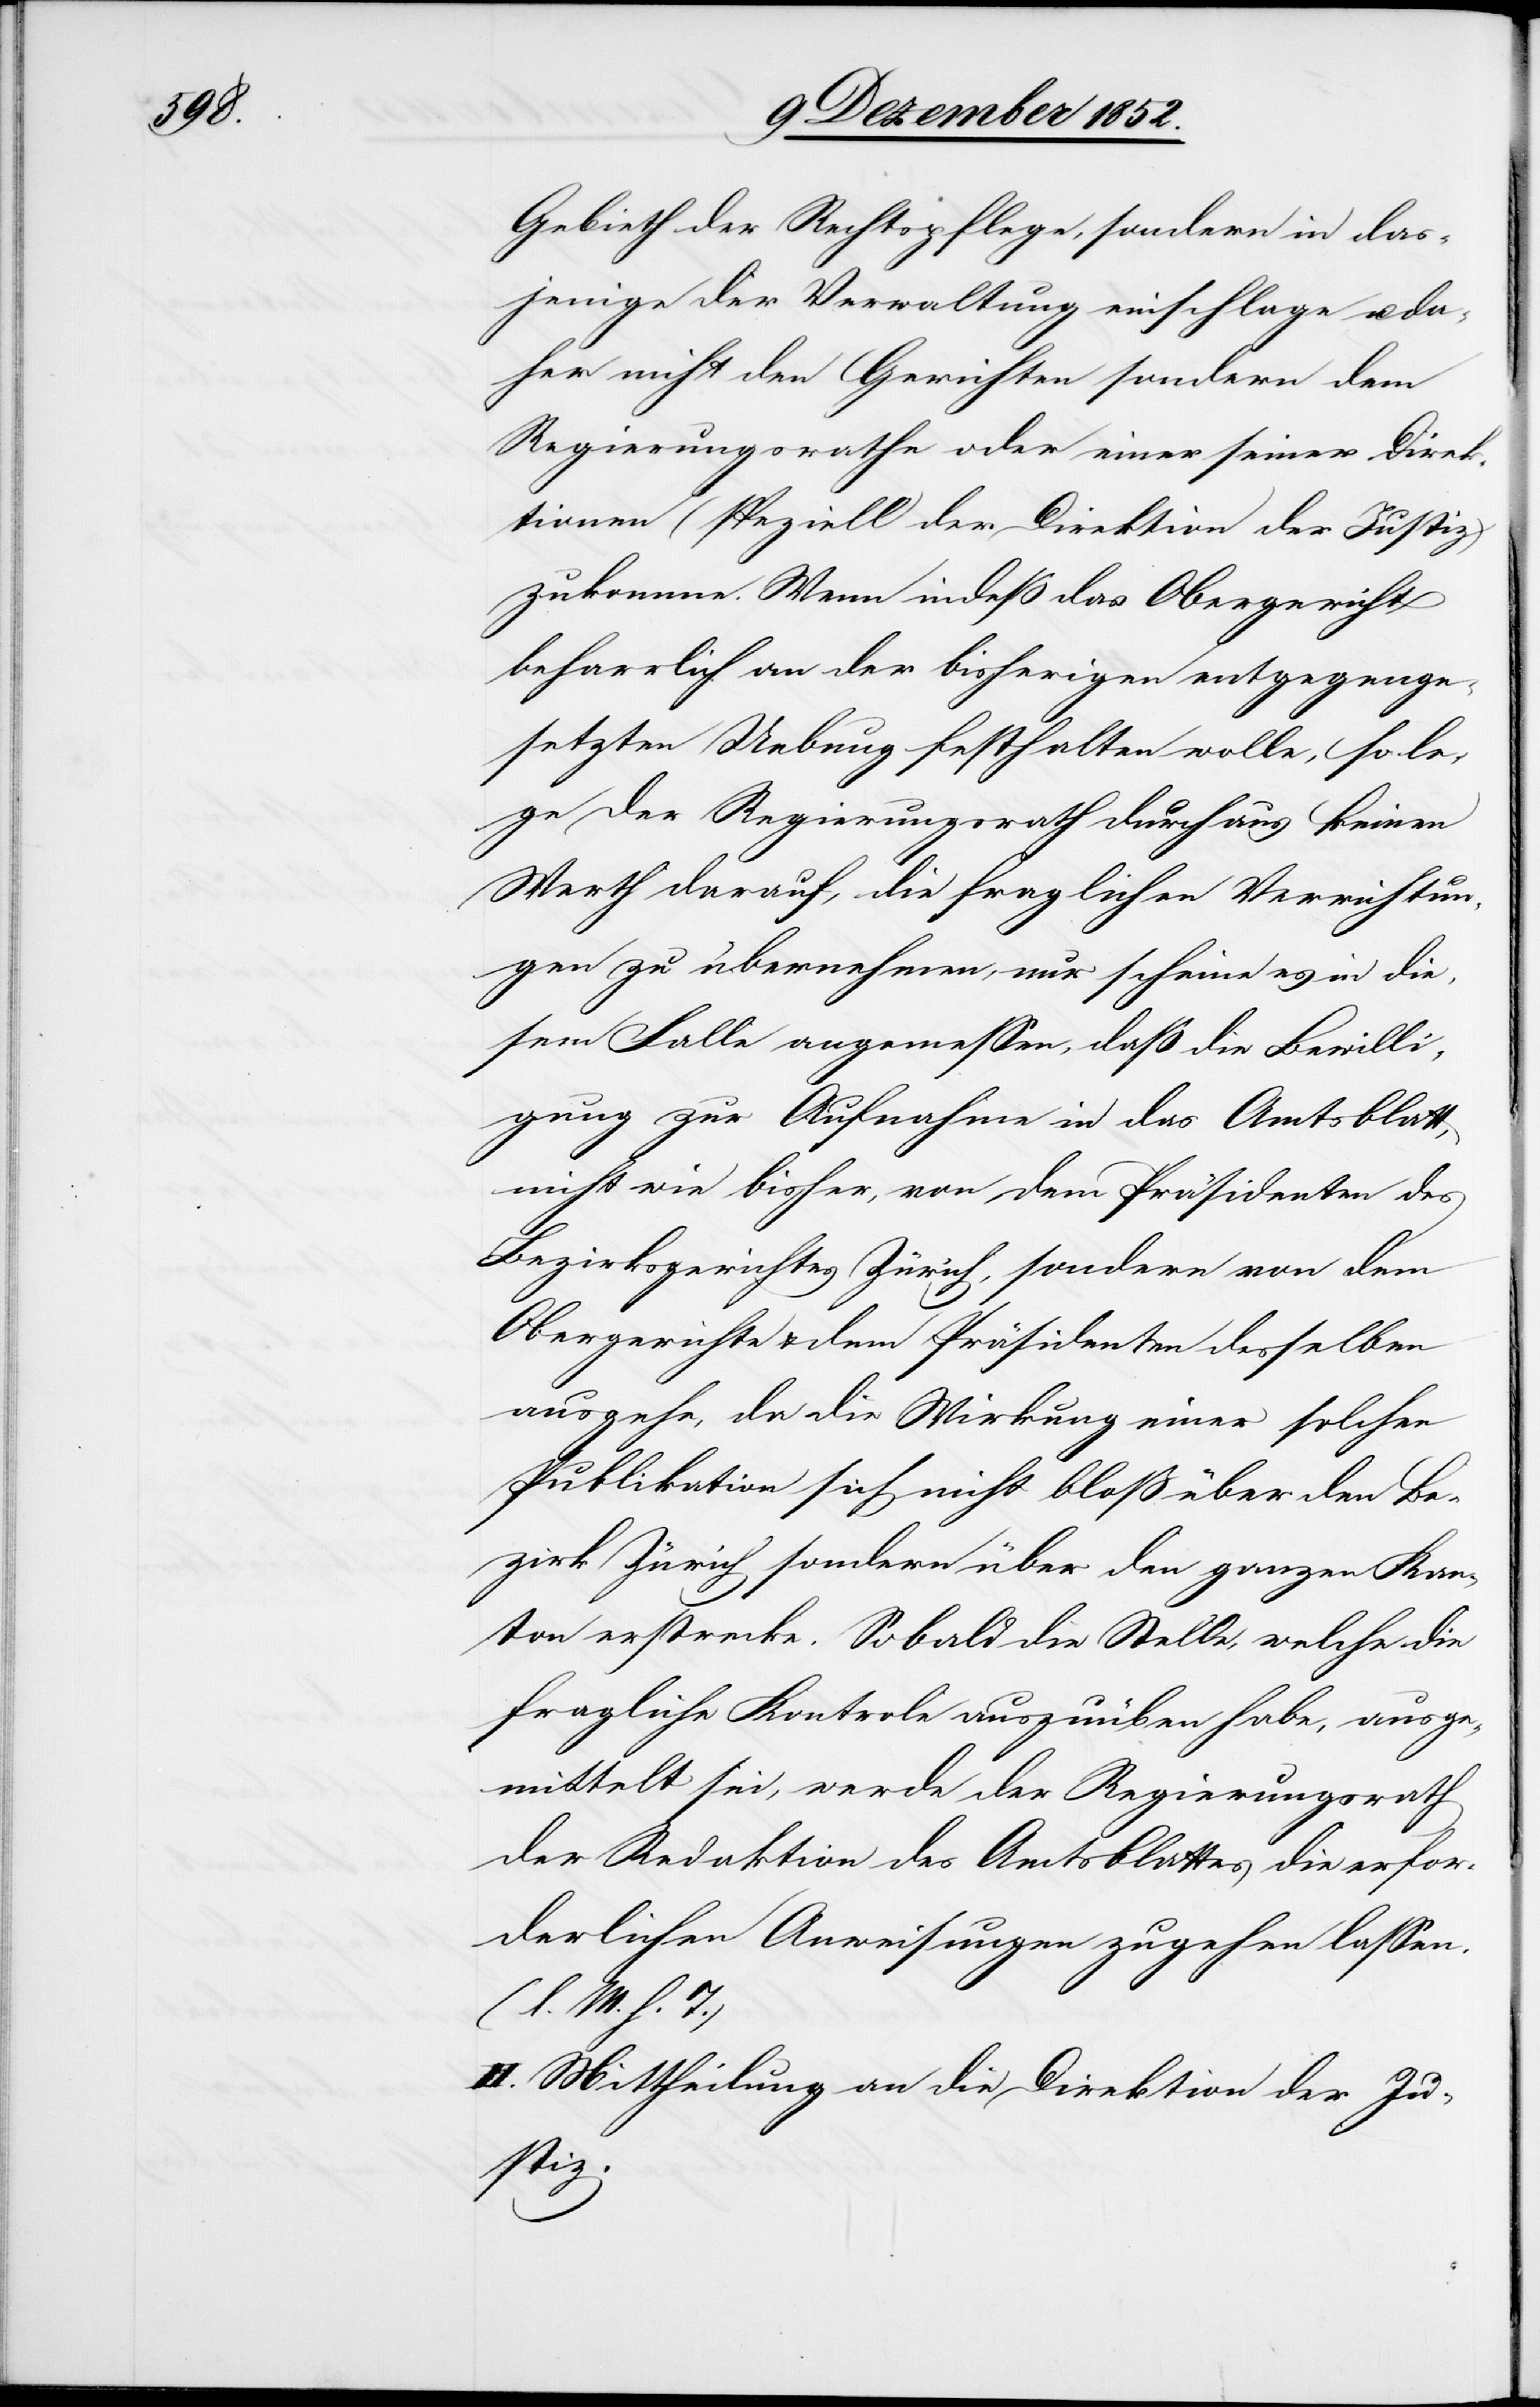
Gebieth der Rechtspflege, sondern in das¬
jenige der Verwaltung einschlage u. da¬
her nicht den Gerichten sondern dem
Regierungsrathe oder einer seiner Direk¬
tionen (speziell der Direktion der Justiz)
zukomme. Wenn indeß das Obergericht
beharrlich an der bisherigen entgegenge¬
setzten Uebung festhalten wolle, so le¬
ge der Regierungsrath durchaus keinen
Werth darauf, die fraglichen Verrichtun¬
gen zu übernehmen, nur scheine es in die¬
sem Falle angemessen, daß die Bewilli¬
gung zur Aufnahme in das Amtsblatt,
nicht wie bisher, von dem Präsidenten des
Bezirksgerichtes Zürich, sondern von dem
Obergerichte & dem Präsidenten desselben
ausgehe, da die Wirkung einer solchen
Publikation sich nicht bloß über den Be¬
zirk Zürich sondern über den ganzen Kan¬
ton erstrecke. Sobald die Stelle, welche die
fragliche Kontrole auszuüben habe, ausge¬
mittelt sei, werde der Regierungsrath
der Redaktion des Amtsblattes die erfor¬
derlichen Anweisungen zugehen lassen.
(l. M. h. T.)
II. Mittheilung an die Direktion der Ju¬
stiz.